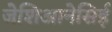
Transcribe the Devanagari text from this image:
जेशिआनेसिई